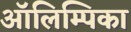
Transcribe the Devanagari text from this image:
ऑलिम्पिका